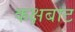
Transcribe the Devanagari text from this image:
कक्षबाट